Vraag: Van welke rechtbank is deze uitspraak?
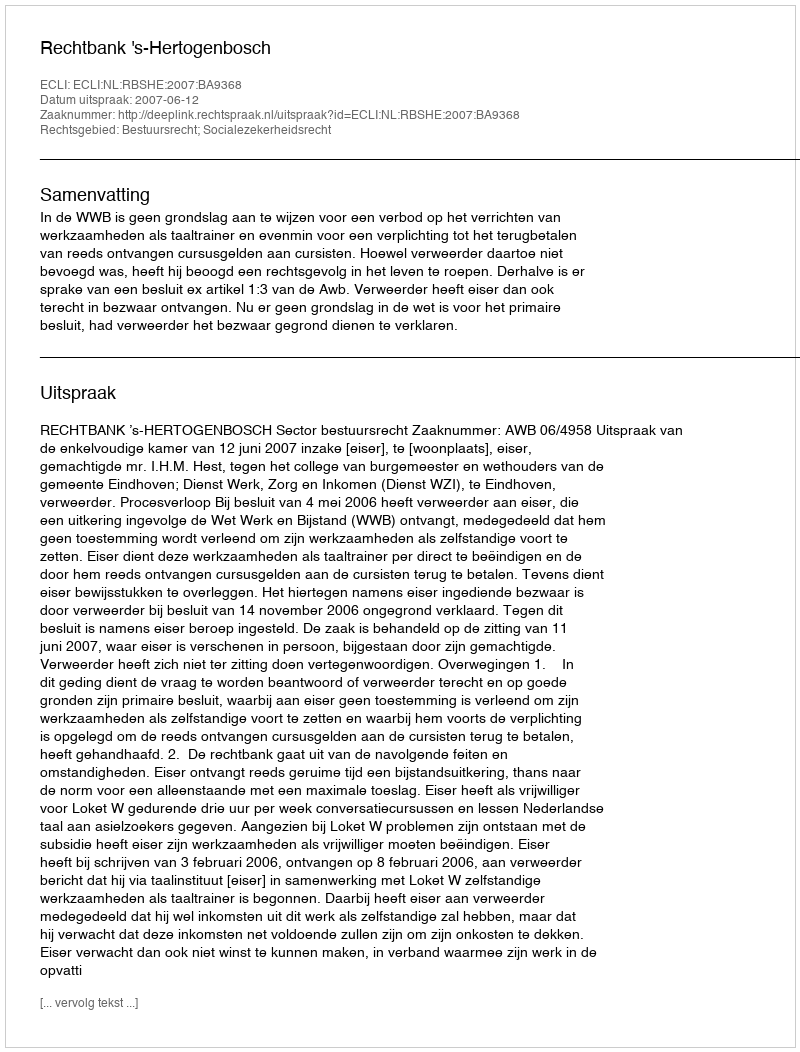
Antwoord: Rechtbank 's-Hertogenbosch